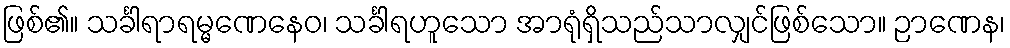
ဖြစ်၏။ သင်္ခါရာရမ္မဏေနေဝ၊ သင်္ခါရဟူသော အာရုံရှိသည်သာလျှင်ဖြစ်သော။ ဉာဏေန၊